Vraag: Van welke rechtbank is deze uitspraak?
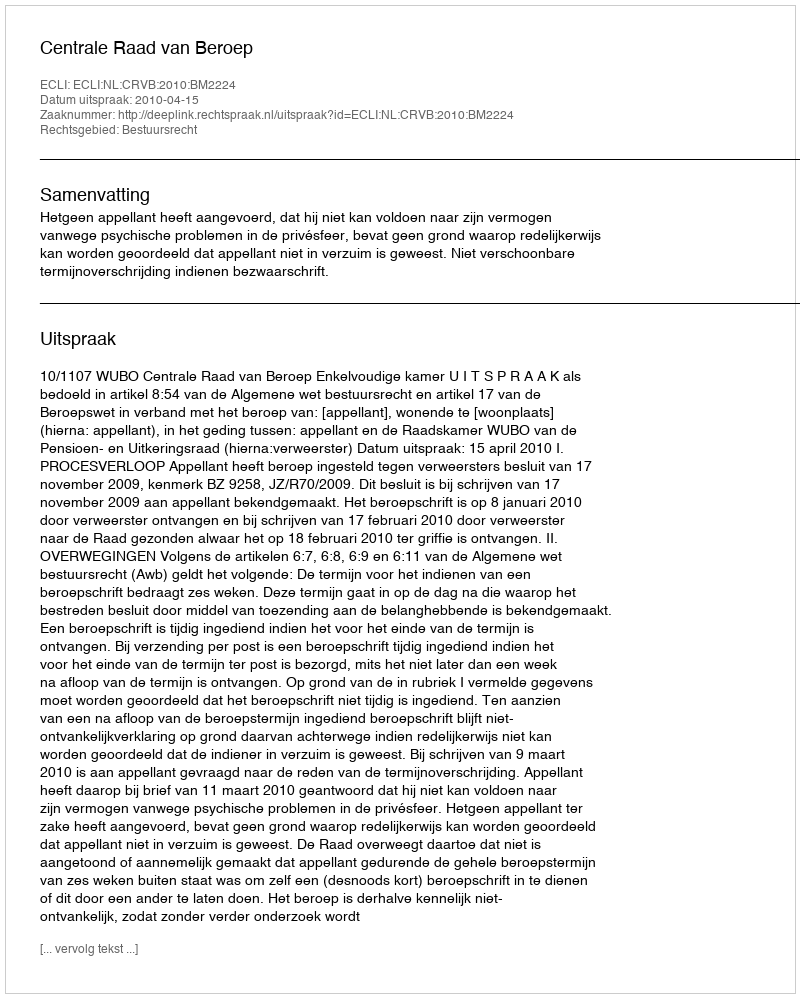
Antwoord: Centrale Raad van Beroep